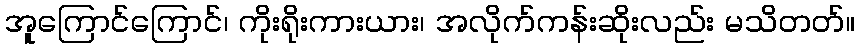
အူကြောင်ကြောင်၊ ကိုးရိုးကားယား၊ အလိုက်ကန်းဆိုးလည်း မသိတတ်။